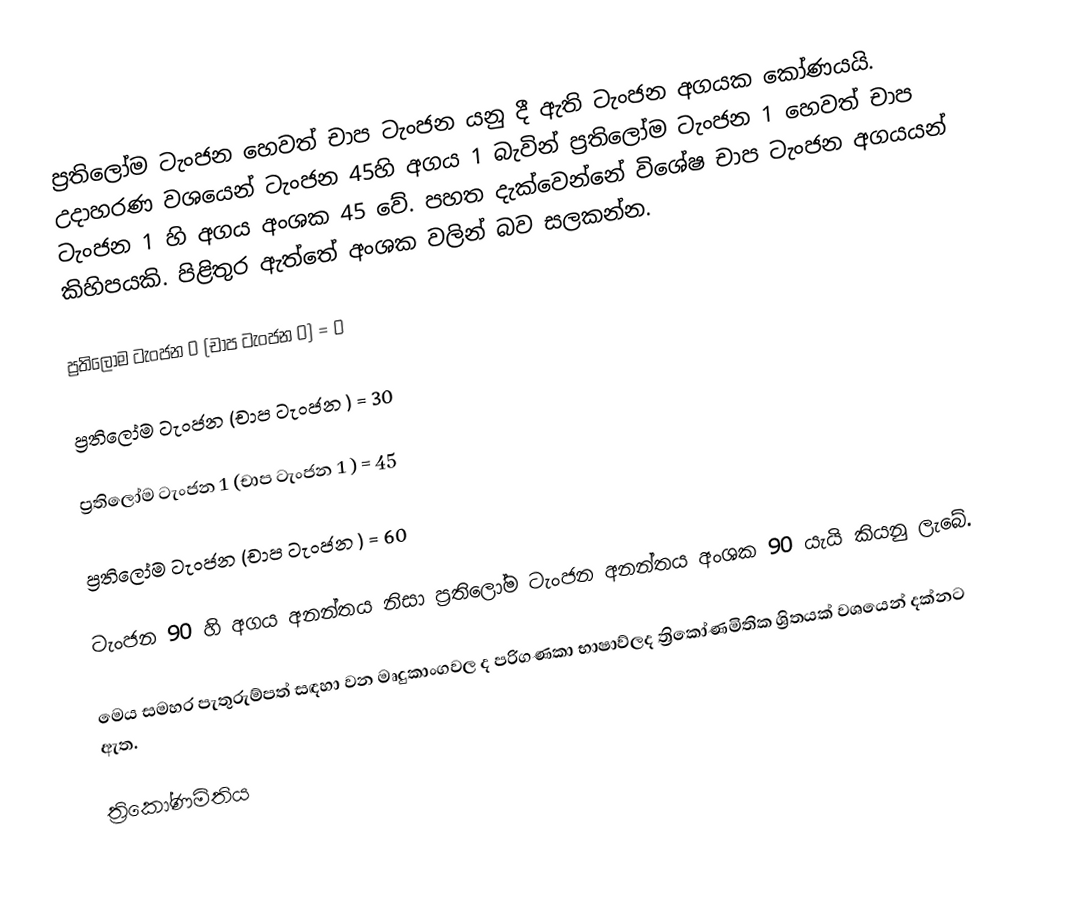
ප්‍රතිලෝම ටැංජන හෙවත් චාප ටැංජන යනු දී ඇති ටැංජන අගයක කෝණයයි. උදාහරණ වශයෙන් ටැංජන 45හි අගය 1 බැවින් ප්‍රතිලෝම ටැංජන 1 හෙවත් චාප ටැංජන 1 හි අගය අංශක 45 වේ. පහත දැක්වෙන්නේ විශේෂ චාප ටැංජන අගයයන් කිහිපයකි. පිළිතුර ඇත්තේ අංශක වලින් බව සලකන්න.

ප්‍රතිලෝම ටැංජන 0 (චාප ටැංජන 0) = 0

ප්‍රතිලෝම ටැංජන      (චාප ටැංජන ) = 30

ප්‍රතිලෝම ටැංජන 1    (චාප ටැංජන 1 ) = 45

ප්‍රතිලෝම ටැංජන    (චාප ටැංජන ) = 60

ටැංජන 90 හි අගය අනන්තය නිසා ප්‍රතිලෝම ටැංජන අනන්තය අංශක 90 යැයි කියනු ලැබේ.

මෙය සමහර පැතුරුම්පත් සඳහා වන මෘදුකාංගවල ද පරිගණකා භාෂාව්ලද ත්‍රිකෝණමිතික ශ්‍රිතයක් වශයෙන් දක්නට ඇත.

ත්‍රිකෝණමිතිය